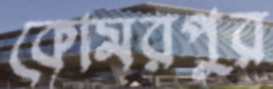
কোমরপুর